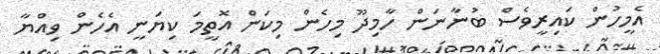
އެމީހުން ކައިރީވެސް ބުނާނަން ހާމިދޫ މިހެން މިކަން އޮތީމަ ކިޔަނީ އެހެން ވިއްޔާ